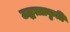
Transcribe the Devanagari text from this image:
उद्धतप्रकृति